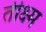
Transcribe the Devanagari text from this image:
तीक्ष्म